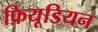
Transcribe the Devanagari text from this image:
फ्रियूडियन